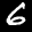
Label: 6